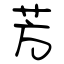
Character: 芳